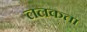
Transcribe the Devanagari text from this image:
ललकता